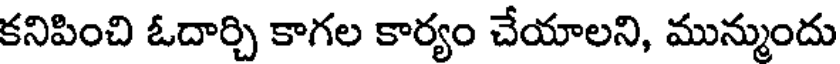
కనిపించి ఓదార్చి కాగల కార్యం చేయాలని, మున్ముందు